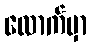
လောက်မှာ